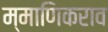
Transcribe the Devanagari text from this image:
म्माणिकराव